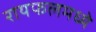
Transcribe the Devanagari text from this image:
रायफलमध्ये